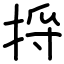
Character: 捋